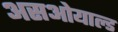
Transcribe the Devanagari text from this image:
असओयाल्ड